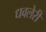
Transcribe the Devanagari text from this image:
धवलेरी